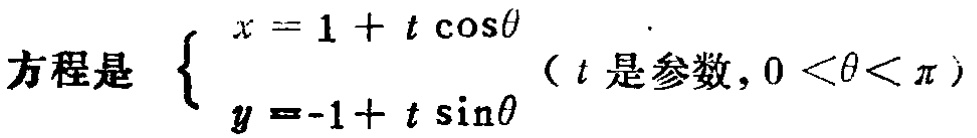
方程是 $\begin{cases}
x = 1 + t\cos\theta\\
y = -1 + t\sin\theta
\end{cases}$（$t$ 是参数，$0 < \theta < \pi$）